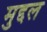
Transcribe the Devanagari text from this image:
मुद्दल